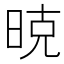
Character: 𰖇